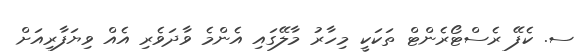
ސ. ކެފޭ ރެސްޓޯރެންޓް ތަކަކީ މިހާރު މާލޭގައި އެންމެ ވާދަވެރި އެއް ވިޔަފާރިއަށް